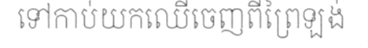
ទៅកាប់យកឈើចេញពីព្រៃឡង់